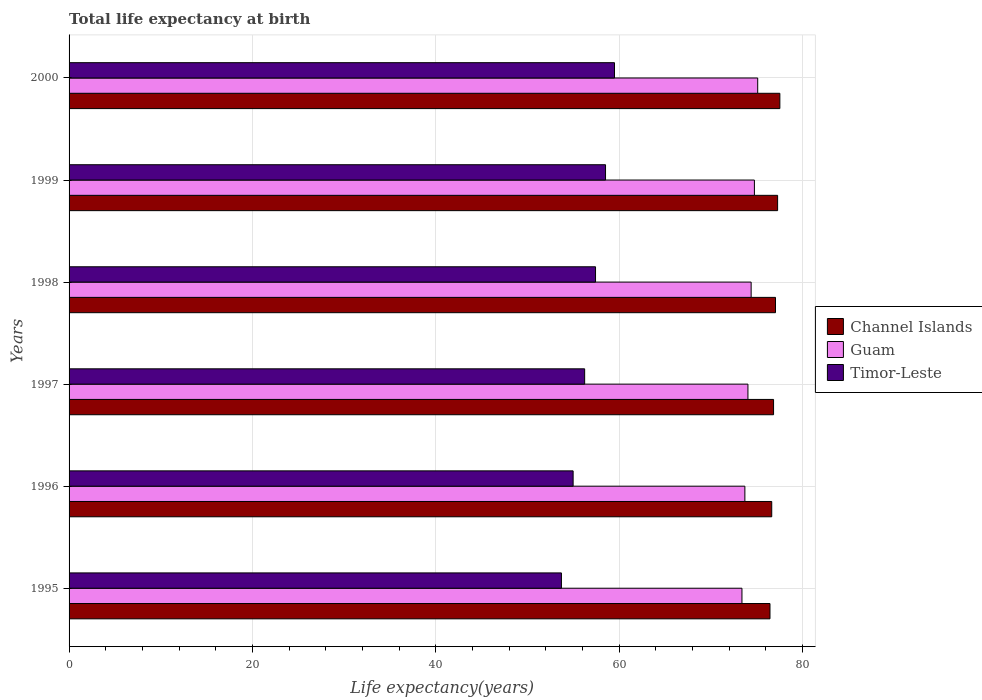
| Years | Channel Islands | Guam | Timor-Leste |
 | --- | --- | --- | --- |
 | 1995 | 76.4 | 73.4 | 53.7 |
 | 1996 | 76.6 | 73.7 | 55 |
 | 1997 | 76.8 | 74 | 56.2 |
 | 1998 | 77 | 74.4 | 57.4 |
 | 1999 | 77.3 | 74.7 | 58.5 |
 | 2000 | 77.5 | 75.1 | 59.5 |